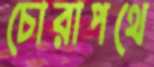
চোরাপথে